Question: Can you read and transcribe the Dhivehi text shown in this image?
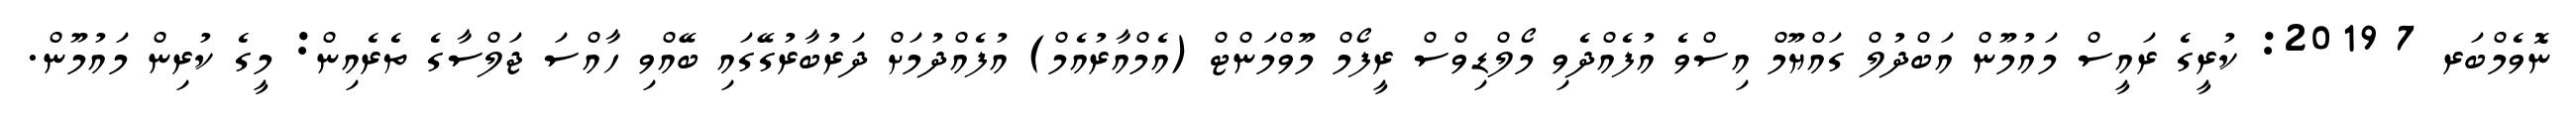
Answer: ނޮވެމްބަރ 7 2019: ކުރީގެ ރައީސް މައުމޫން އަބްދުލް ގައްޔޫމް އިސްވެ އުފެއްދެވި މޯލްޑިވްސް ރީފޯމް މޫވްމަންޓް (އެމްއާރުއެމް) އުފެއްދުމަށް ދަރުބާރުގޭގައި ބޭއްވި ހާއްސަ ޖަލްސާގެ ތެރެއިން: މީގެ ކުރިން މައުމޫން.